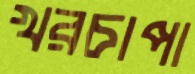
খরচাপা